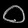
Digit: ၀